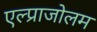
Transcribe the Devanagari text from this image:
एल्प्राजोलम